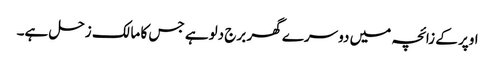
اوپر کے زائچہ میں دوسرے گھر برج دلوہے جس کا مالک زحل ہے۔